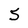
Character: 5